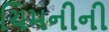
ચિમનીની